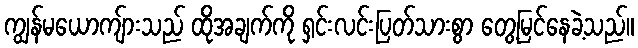
ကျွန်မယောကျ်ားသည် ထိုအချက်ကို ရှင်းလင်းပြတ်သားစွာ တွေ့မြင်နေခဲ့သည်။